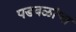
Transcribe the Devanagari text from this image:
पडवळांचा